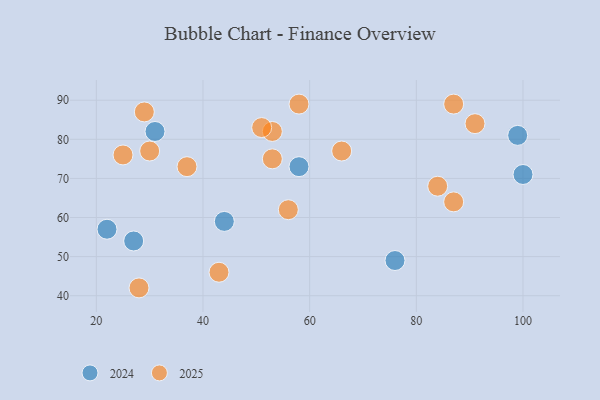
{"axis": {"x": "GDP", "y": "Life Expectancy"}, "legend": ["2024", "2025"], "data": [{"x": "44", "y": 59, "type": "2024"}, {"x": "31", "y": 82, "type": "2024"}, {"x": "100", "y": 71, "type": "2024"}, {"x": "99", "y": 81, "type": "2024"}, {"x": "27", "y": 54, "type": "2024"}, {"x": "76", "y": 49, "type": "2024"}, {"x": "22", "y": 57, "type": "2024"}, {"x": "58", "y": 73, "type": "2024"}, {"x": "53", "y": 75, "type": "2025"}, {"x": "53", "y": 82, "type": "2025"}, {"x": "87", "y": 89, "type": "2025"}, {"x": "37", "y": 73, "type": "2025"}, {"x": "28", "y": 42, "type": "2025"}, {"x": "43", "y": 46, "type": "2025"}, {"x": "25", "y": 76, "type": "2025"}, {"x": "51", "y": 83, "type": "2025"}, {"x": "56", "y": 62, "type": "2025"}, {"x": "30", "y": 77, "type": "2025"}, {"x": "66", "y": 77, "type": "2025"}, {"x": "84", "y": 68, "type": "2025"}, {"x": "58", "y": 89, "type": "2025"}, {"x": "29", "y": 87, "type": "2025"}, {"x": "91", "y": 84, "type": "2025"}, {"x": "87", "y": 64, "type": "2025"}]}